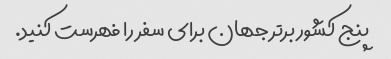
پنج کشور برتر جهان برای سفر را فهرست کنید.